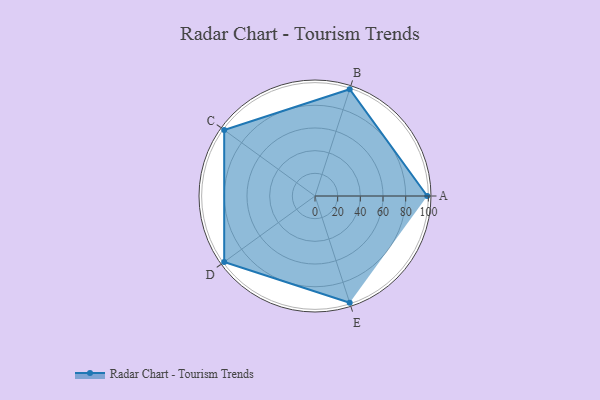
{"axis": {"x": "Skill", "y": "Score"}, "legend": ["Profile"], "data": [{"x": "A", "y": 99, "type": "Profile"}, {"x": "B", "y": 99, "type": "Profile"}, {"x": "C", "y": 99, "type": "Profile"}, {"x": "D", "y": 99, "type": "Profile"}, {"x": "E", "y": 99, "type": "Profile"}]}